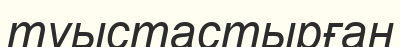
туыстастырған